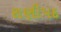
રાણીપદ